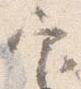
官